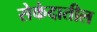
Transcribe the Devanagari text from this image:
सेकंदातील